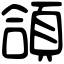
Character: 頜